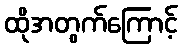
ထိုအတွက်ကြောင့်